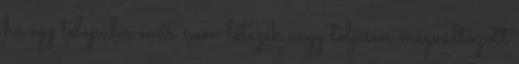
ha egy település már nem létezik vagy teljesen megváltozott